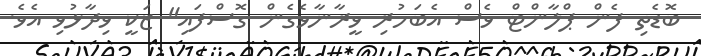
ބޮޑެތި ފެން ޕްލާންޓް ވެސް އެބަހުރި ވީރާނާވެގެން ގޮސްފައި" ޒަކީ ވިދާޅުވި އެވެ.